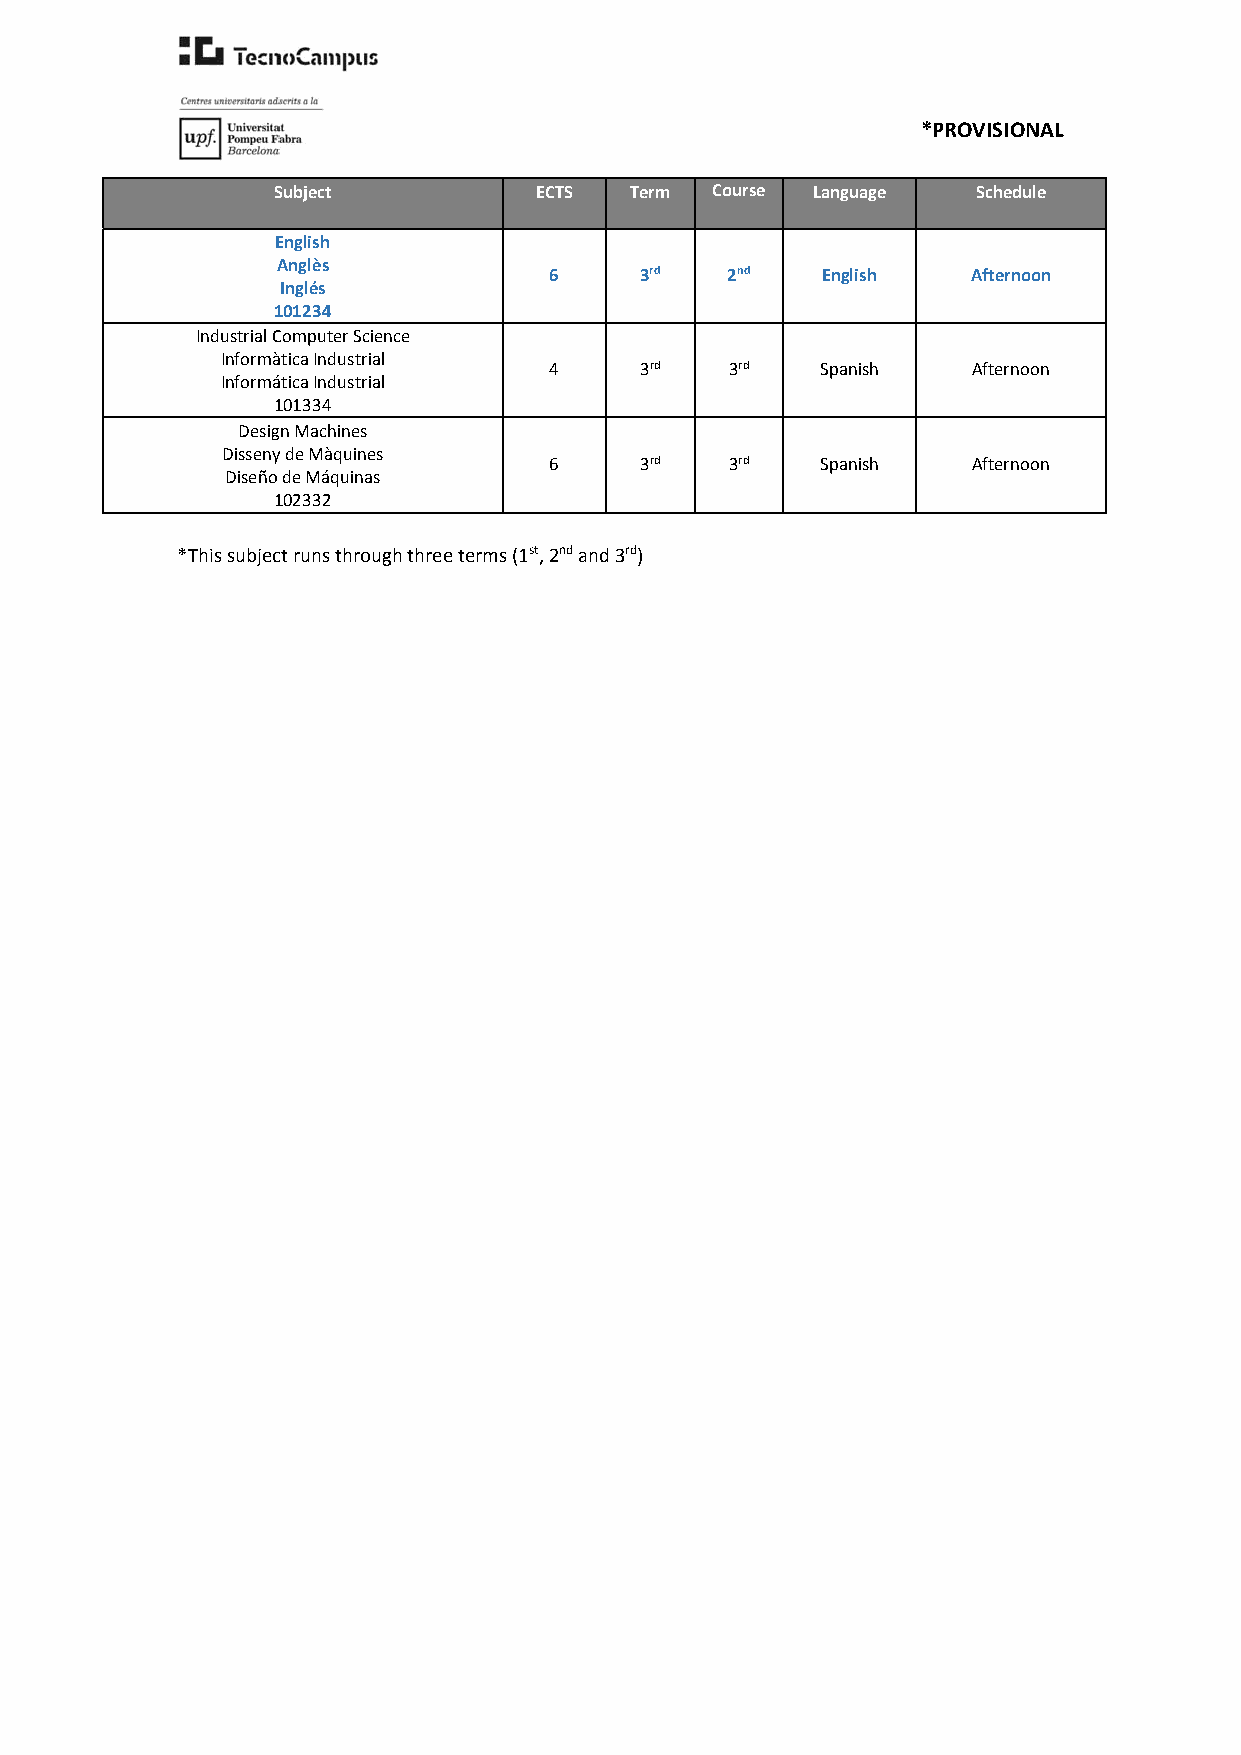
*PROVISIONAL
 Subject          ECTS   Term Course Language   Schedule
 English
 Anglès
 6     3rd   2nd   English   Afternoon
 Inglés
 101234
 Industrial Computer Science
 Informàtica Industrial
 4     3rd   3rd   Spanish   Afternoon
 Informática Industrial
 101334
 Design Machines
 Disseny de Màquines
 6     3rd   3rd   Spanish   Afternoon
 Diseño de Máquinas
 102332
 *This subject runs through three terms (1st, 2nd and 3rd)